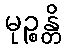
မုဉ္စန္တိ